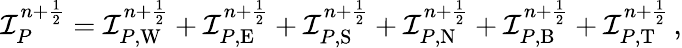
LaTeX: \mathcal I_{P}^{n+\frac 12}=\mathcal I_{P,\mathrm{W}}^{n+\frac 12}+\mathcal I_{P,\mathrm{E}}^{n+\frac 12}+\mathcal I_{P,\mathrm{S}}^{n+\frac 12}+\mathcal I_{P,\mathrm{N}}^{n+\frac 12}+\mathcal I_{P,\mathrm{B}}^{n+\frac 12}+\mathcal I_{P,\mathrm{T}}^{n+\frac 12}\, ,